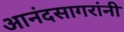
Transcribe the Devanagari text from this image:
आनंदसागरांनी